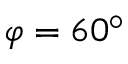
\varphi = 6 0 ^ { \circ }